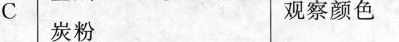
C 碳粉 观察颜色